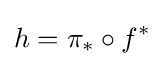
h=\pi _{*}\circ f^{*}